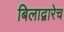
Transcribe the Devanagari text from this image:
बिलाद्वारेच